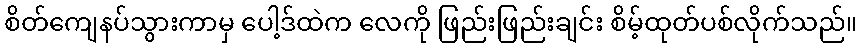
စိတ်ကျေနပ်သွားကာမှ ပေါ့ဒ်ထဲက လေကို ဖြည်းဖြည်းချင်း စိမ့်ထုတ်ပစ်လိုက်သည်။